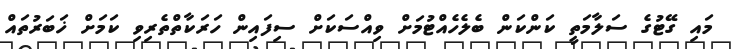
މައި ގޭޓުގެ ސަލާމަތީ ކަންކަން ބެލެހެއްޓުމަށް ވިއްސަކަށް ސިފައިން ހަރަކާތްތެރިވި ކަމަށް ޚަބަރުތައް